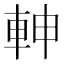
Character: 𨋙